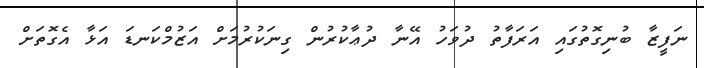
ނަފީޒާ ބުނިގޮތުގައި އަރަފާތު ދުވަހު އޭނާ ދުޢާކުރުން ގިނަކުރުމަށް އަޒުމްކަނޑަ އަޅާ އެގޮތަށް